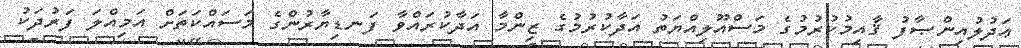
ޢަދުލުއިންޞާފު ޤާއިމުކުރުމުގެ މަސްއޫލިއްޔަތު އަދާކުރުމުގެ ޒިންމާ އަދާކުރައްވާ ފަނޑިޔާރުންގެ މަސައްކަތަށް އަމިއްލަ ފަރުދަކު